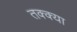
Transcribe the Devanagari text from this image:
तक्क्या